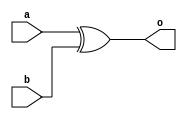
module XOR(a,b,o);
  output o;
  input a,b;
  
  xor o1(o,a,b);
endmodule

module xor_tb;
  reg x,y;
  wire z;
  XOR x1(x,y,z);
  initial
    begin
       x=0; y=0;
     #50  x=0; y=1;
     #50  x=1; y=0;
     #50 x=1; y=1;
   end
   
   initial
   $monitor("Time=%d, x=%d, y=%d, z=%d",$time,x,y,z);
 endmodule